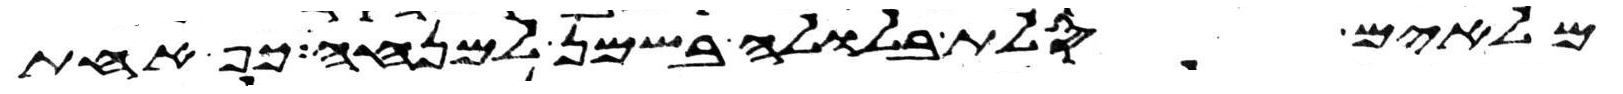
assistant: מלאים סלת בלולה בשמן למנחה כף אחת